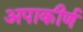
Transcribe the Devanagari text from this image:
अपाकीर्ण